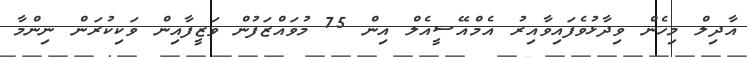
އާދިލް މިހެން ވިދާޅުވެފައިވާއިރު އެމްއޭސީއެލް އިން 75 މުވައްޒަފުން ވަޒީފާއިން ވަކިކުރަން ނިންމާ